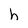
Character: h